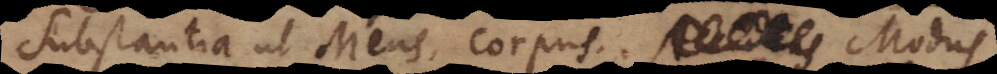
Substantia ut Mens, corpus. Accidens